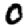
Digit: 0